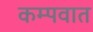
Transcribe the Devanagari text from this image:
कम्पवात